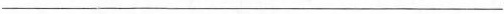
___